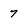
Character: 7